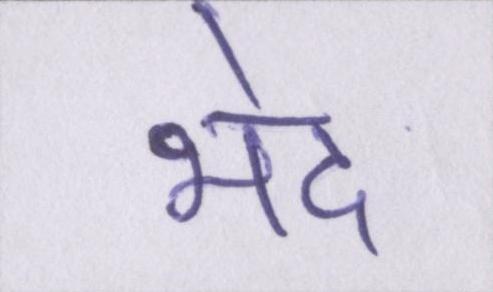
भेद